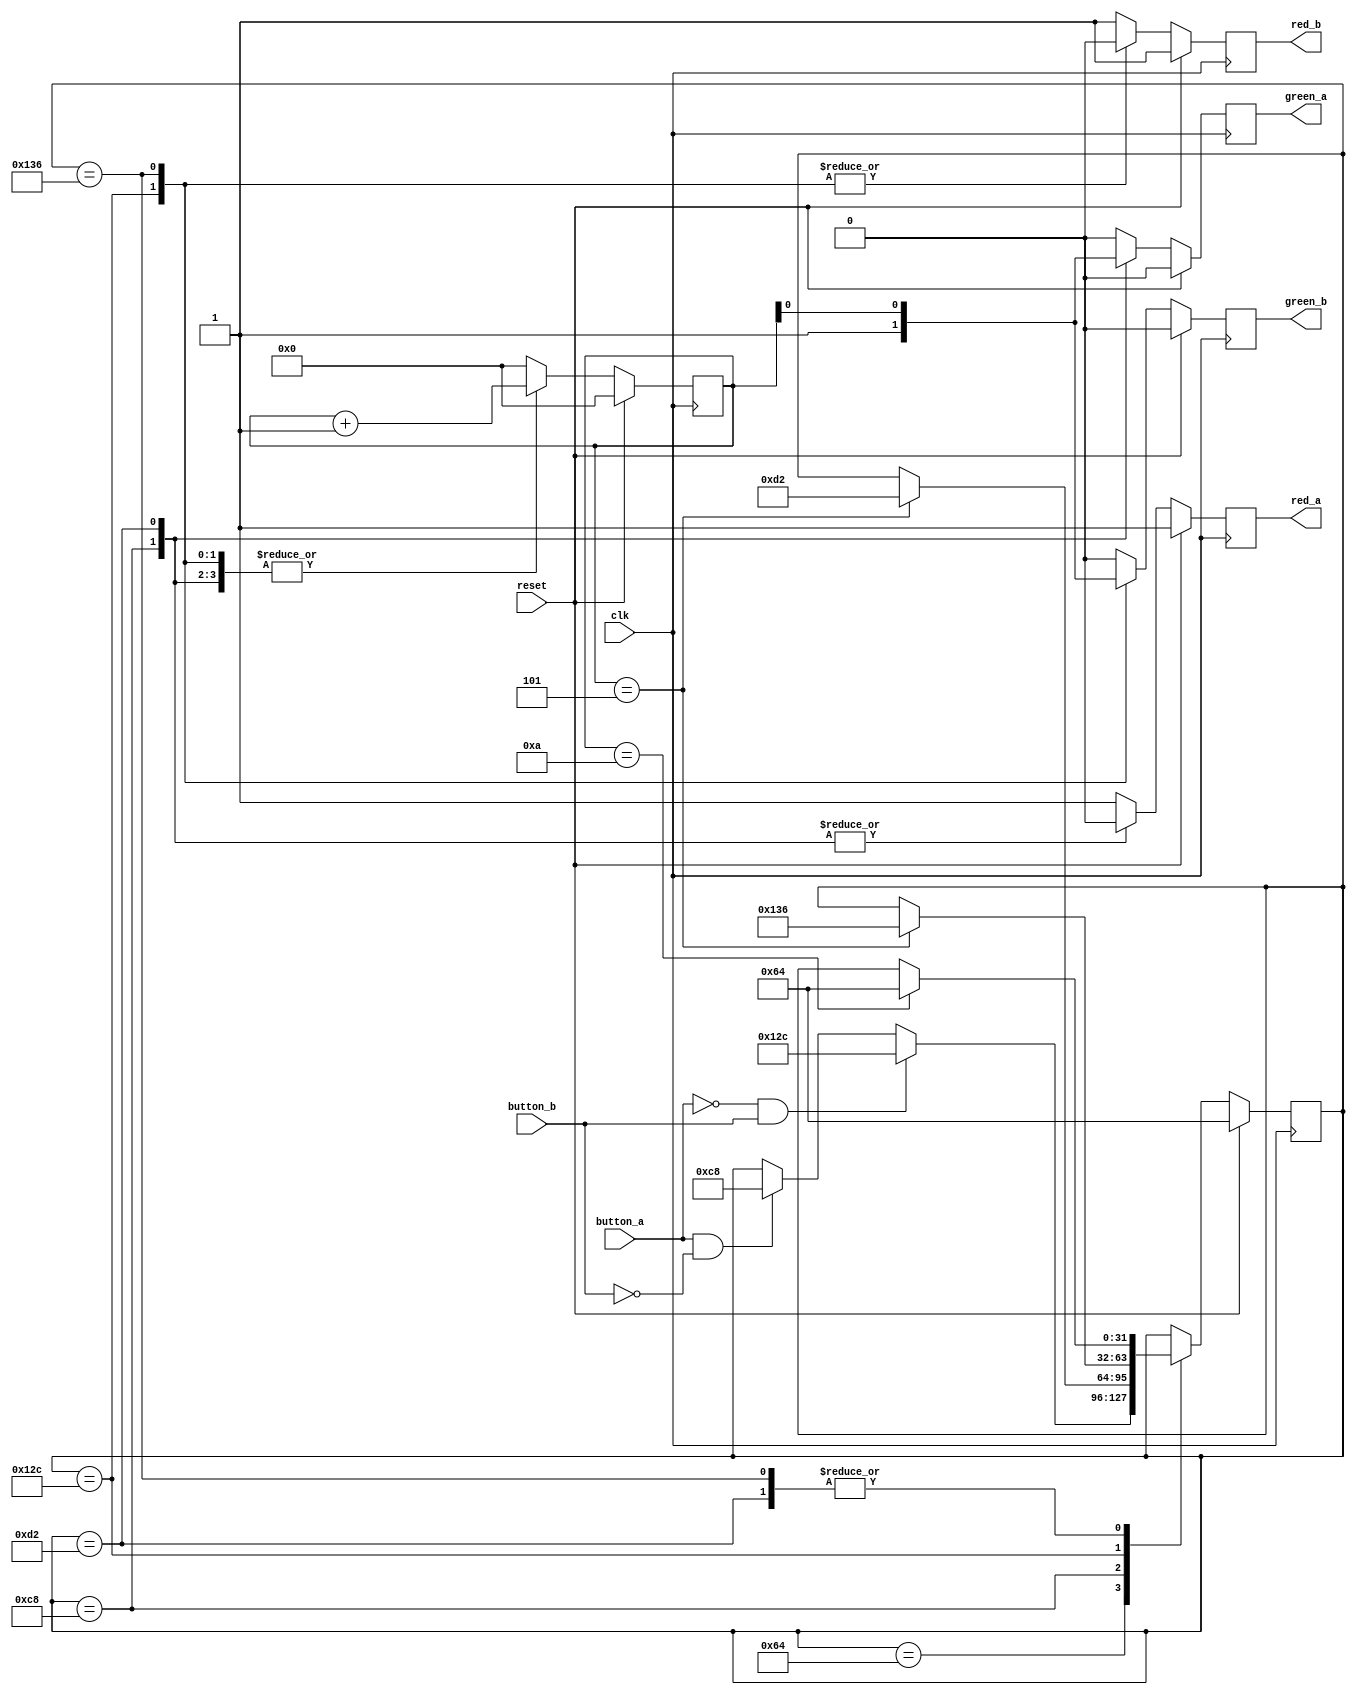
module fsm_test(clk, reset, button_a, button_b, red_a, green_a, red_b, green_b);

input clk, reset, button_a, button_b;
output reg red_a, green_a, red_b, green_b;

(* gentb_constant = 0 *)
wire reset;

(* fsm_obfuscate = "true" *)
(* fsm_obfuscate_states = "7" *)
integer state;
reg [3:0] cnt;

`ifdef ASYNC_RESET
always @(posedge clk, posedge reset)
`else
always @(posedge clk)
`endif
begin
	cnt <= 0;
	red_a <= 1;
	red_b <= 1;
	green_a <= 0;
	green_b <= 0;

	if (reset)
		state <= 100;
	else
		case (state)
			100: begin
				if (button_a && !button_b)
					state <= 200;
				if (!button_a && button_b)
					state <= 300;
			end
			200: begin
				red_a <= 0;
				green_a <= 1;
				cnt <= cnt + 1;
				if (cnt == 5)
					state <= 210;
			end
			210: begin
				red_a <= 0;
				green_a <= cnt[0];
				cnt <= cnt + 1;
				if (cnt == 10)
					state <= 100;
			end
			300: begin
				red_b <= 0;
				green_b <= 1;
				cnt <= cnt + 1;
				if (cnt == 5)
					state <= 310;
			end
			310: begin
				red_b <= 0;
				green_b <= cnt[0];
				cnt <= cnt + 1;
				if (cnt == 10)
					state <= 100;
			end
		endcase
end

endmodule